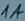
Text: 1A